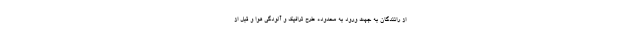
از رانندگان به جهت ورود به محدوده طرح ترافیک و آلودگی هوا و قبل از